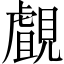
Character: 覰